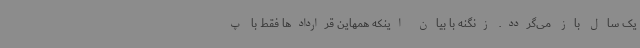
یک سال باز می‌گردد. زنگنه با بیان اینکه همهاین قراردادها فقط با پ